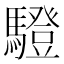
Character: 䮴